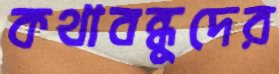
কথাবন্ধুদের